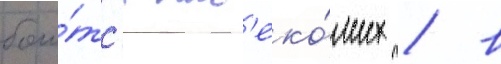
бои́тс'я нас'еко́мых / в